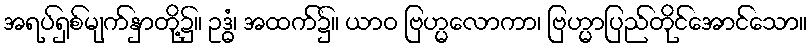
အရပ်ရှစ်မျက်နှာတို့၌။ ဥဒ္ဓံ၊ အထက်၌။ ယာဝ ဗြဟ္မလောကာ၊ ဗြဟ္မာပြည်တိုင်အောင်သော။